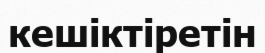
кешіктіретін